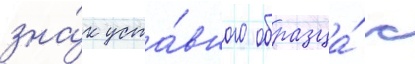
зна́к уста́вного образца́ с